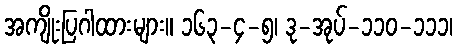
အကျိုးပြဂါထားများ။ ၁၆၃-၄-၅၊ ဒု-အုပ်-၁၁၀-၁၁၁၊